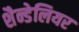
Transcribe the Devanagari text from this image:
शैन्डेलियर